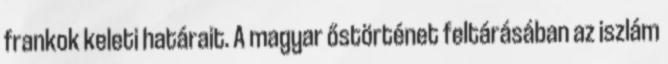
frankok keleti határait. A magyar őstörténet feltárásában az iszlám